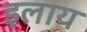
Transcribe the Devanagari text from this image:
इलाय